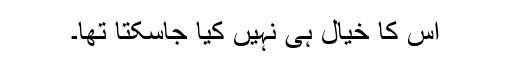
اس کا خیال ہی نہیں کیا جاسکتا تھا۔